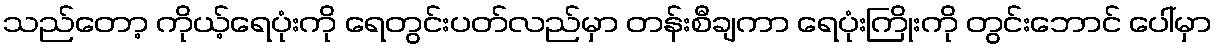
သည်တော့ ကိုယ့်ရေပုံးကို ရေတွင်းပတ်လည်မှာ တန်းစီချကာ ရေပုံးကြိုးကို တွင်းဘောင် ပေါ်မှာ